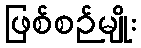
ဖြစ်စဉ်မျိုး